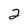
Character: 2